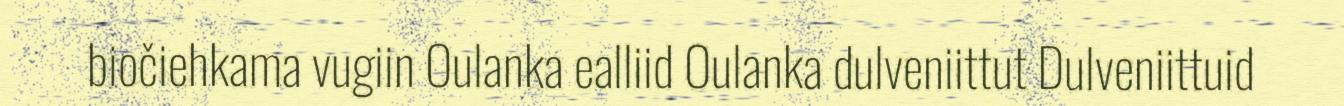
biočiehkama vugiin Oulanka ealliid Oulanka dulveniittut Dulveniittuid